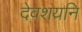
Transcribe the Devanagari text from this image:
देवशयनि